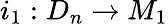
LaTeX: i_{1}:D_{n}\rightarrow M_{1}